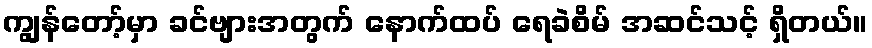
ကျွန်တော့်မှာ ခင်ဗျားအတွက် နောက်ထပ် ရေခဲစိမ် အဆင်သင့် ရှိတယ်။